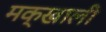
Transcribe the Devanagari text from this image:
मक्खाली